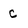
Character: c